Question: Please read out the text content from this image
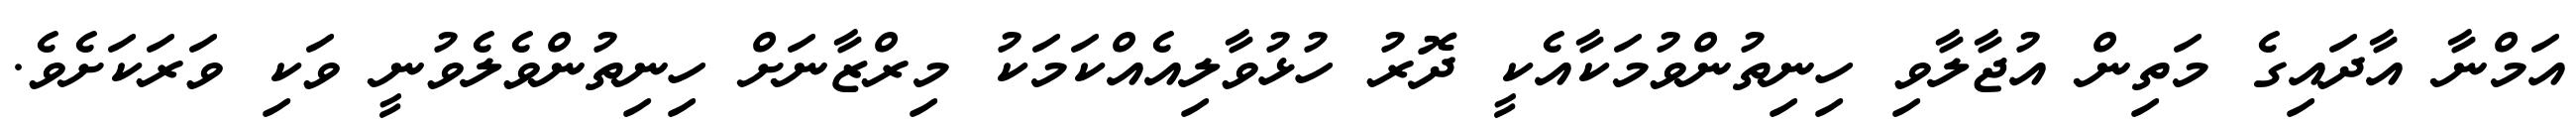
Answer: އަމްނާ އާދައިގެ މަތިން އުޖާލާވި ހިނިތުންވުމަކާއެކީ ދޮރު ހުޅުވާލިއެއްކަމަކު މިރްޒާނަށް ހިނިތުންވެލެވުނީ ވަކި ވަރަކަށެވެ.